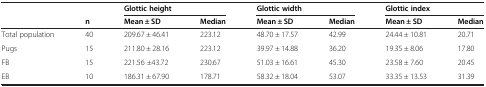
<table><thead><tr><td><b> </b></td><td><b> </b></td><td colspan="2"><b>Glottic height</b></td><td colspan="2"><b>Glottic width</b></td><td colspan="2"><b>Glottic index</b></td></tr><tr><td><b> </b></td><td><b>n</b></td><td><b>Mean ± SD</b></td><td><b>Median</b></td><td><b>Mean ± SD</b></td><td><b>Median</b></td><td><b>Mean ± SD</b></td><td><b>Median</b></td></tr></thead><tbody><tr><td>Total population</td><td>40</td><td>209.67 ± 46.41</td><td>223.12</td><td>48.70 ± 17.57</td><td>42.99</td><td>24.44 ± 10.81</td><td>20.71</td></tr><tr><td>Pugs</td><td>15</td><td>211.80 ± 28.16</td><td>223.12</td><td>39.97 ± 14.88</td><td>36.20</td><td>19.35 ± 8.06</td><td>17.80</td></tr><tr><td>FB</td><td>15</td><td>221.56 ±43.72</td><td>230.67</td><td>51.03 ± 16.61</td><td>45.30</td><td>23.58 ± 7.60</td><td>20.45</td></tr><tr><td>EB</td><td>10</td><td>186.31 ± 67.90</td><td>178.71</td><td>58.32 ± 18.04</td><td>53.07</td><td>33.35 ± 13.53</td><td>31.39</td></tr></tbody></table>